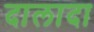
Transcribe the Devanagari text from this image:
दालादा